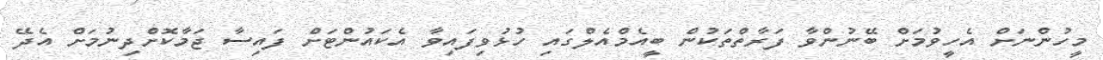
މީހުންނަށް އެހީވުމަށް ބޭނުންވާ ފަރާތްތަކުން ބީއެމްއެލްގައި ހުޅުވިފައިވާ އެކައުންޓަށް ފައިސާ ޖަމާކޮށްދިނުމަށް އެދޭ